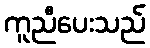
ကူညီပေးသည်